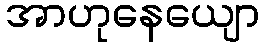
အာဟုနေယျော